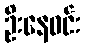
ဦးနေဝင်း